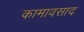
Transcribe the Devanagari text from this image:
कामावसाद